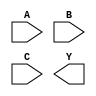
module logic_block (
    input A,
    input B,
    input C,
    output Y
);

// Sum of Products (SOP) Implementation
// Y = A'BC' + A'B'C + A'B + AB'C'
assign Y_sop = (~A & B & ~C) | (~A & ~B & C) | (~A & B) | (A & ~B & ~C);

// Product of Sums (POS) Implementation
// Y = (A + B + C)(A' + B + C')(A' + B' + C)
assign Y_pos = (A | B | C) & (~A | B | ~C) & (~A | ~B | C);

endmodule